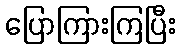
ပြောကြားကြပြီး